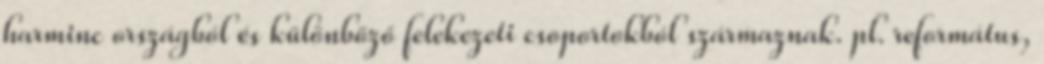
harminc országból és különböző felekezeti csoportokból származnak. pl. református,